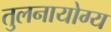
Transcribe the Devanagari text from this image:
तुलनायोग्य